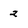
Character: 2